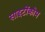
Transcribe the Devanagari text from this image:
साइटोंक्रोम